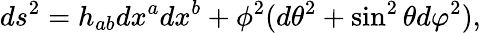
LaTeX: ds^{2}=h_{ab}dx^{a}dx^{b}+\phi^{2}(d\theta^{2}+\sin^{2}\theta d\varphi^{2}),